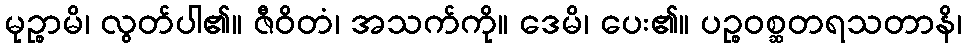
မုဉ္စာမိ၊ လွတ်ပါ၏။ ဇီဝိတံ၊ အသက်ကို။ ဒေမိ၊ ပေး၏။ ပဉ္စဝစ္ဆတရသတာနိ၊